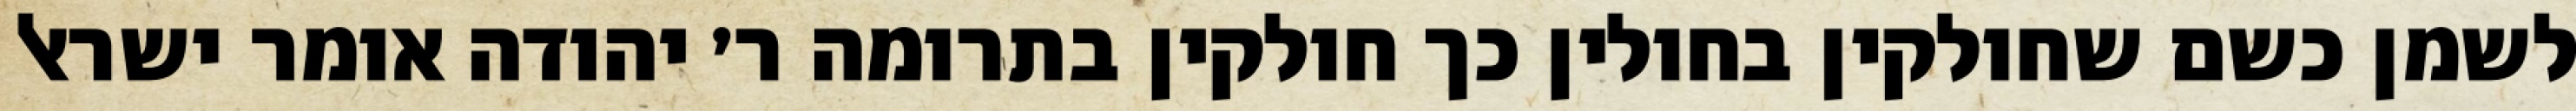
לשמן כשם שחולקין בחולין כך חולקין בתרומה ר׳ יהודה אומר ישראל